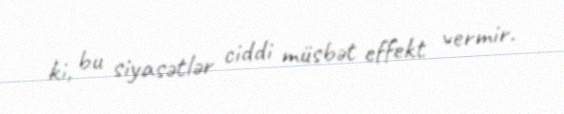
ki, bu siyasətlər ciddi müsbət effekt vermir.